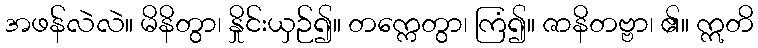
အဖန်လဲလဲ။ မိနိတွာ၊ နှိုင်းယှဉ်၍။ တက္ကေတွာ၊ ကြံ၍။ ဇာနိတဗ္ဗာ၊ ၏။ ဣတိ